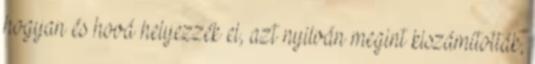
hogyan és hová helyezzék el, azt nyilván megint kiszámították,